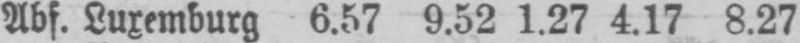
Abf. Luxemburg 6.57 9.52 1.27 4.17 8.27